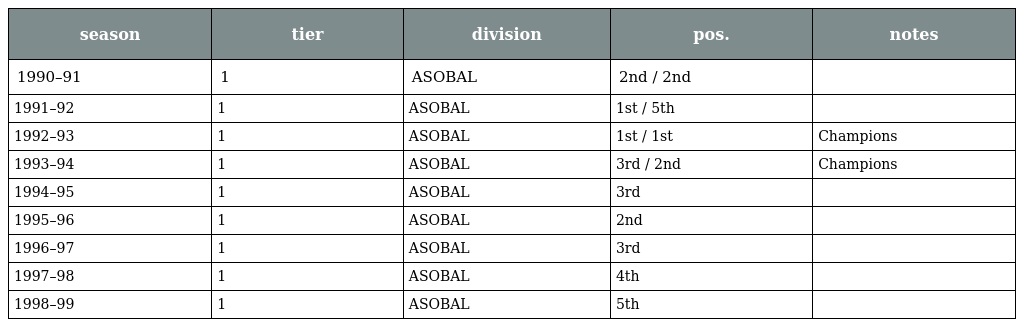
| season | tier | division | pos. | notes |
 | --- | --- | --- | --- | --- |
 | 1990–91 | 1 | ASOBAL | 2nd / 2nd |  |
 | 1991–92 | 1 | ASOBAL | 1st / 5th |  |
 | 1992–93 | 1 | ASOBAL | 1st / 1st | Champions |
 | 1993–94 | 1 | ASOBAL | 3rd / 2nd | Champions |
 | 1994–95 | 1 | ASOBAL | 3rd |  |
 | 1995–96 | 1 | ASOBAL | 2nd |  |
 | 1996–97 | 1 | ASOBAL | 3rd |  |
 | 1997–98 | 1 | ASOBAL | 4th |  |
 | 1998–99 | 1 | ASOBAL | 5th |  |